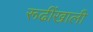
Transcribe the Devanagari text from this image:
रूढींखाली